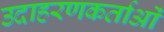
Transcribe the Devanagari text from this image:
उदाहरणकर्ताओं